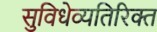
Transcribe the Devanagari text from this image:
सुविधेव्यतिरिक्त